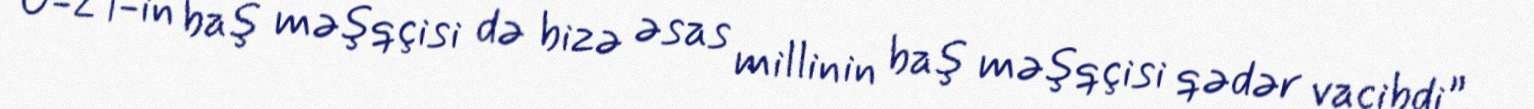
U-21-in baş məşqçisi də bizə əsas millinin baş məşqçisi qədər vacibdi”.